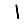
Digit: 1